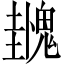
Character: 𫙌